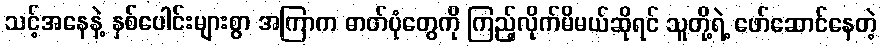
သင့်အနေနဲ့ နှစ်ပေါင်းများစွာ အကြာက ဓာတ်ပုံတွေကို ကြည့်လိုက်မိမယ်ဆိုရင် သူတို့ရဲ့ ဖော်ဆောင်နေတဲ့